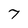
Character: 7